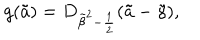
LaTeX: g ( \tilde { a } ) = D _ { { \tilde { \beta } } ^ { 2 } - { \frac { 1 } { 2 } } } ( \tilde { a } - \tilde { \gamma } ) ,